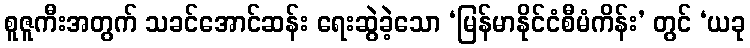
စူဇူကီးအတွက် သခင်အောင်ဆန်း ရေးဆွဲခဲ့သော ‘မြန်မာနိုင်ငံစီမံကိန်း’ တွင် ‘ယခု